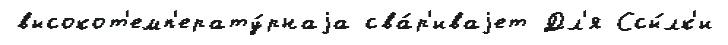
высокот'емп'ерату́рнаjа сва́р'иваjет Дл'я Ссы́лк'и